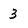
Character: 3